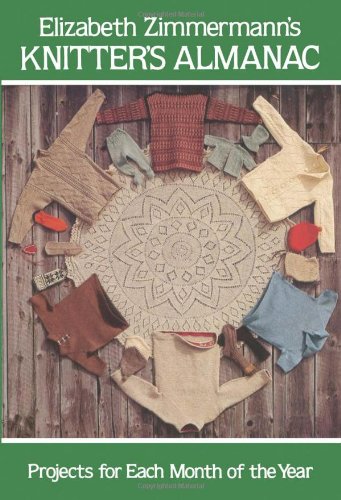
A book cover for Elizabeth Zimmermann's Knitter's Almanac (Dover Knitting, Crochet, Tatting, Lace); Elizabeth Zimmermann; Crafts, Hobbies & Home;